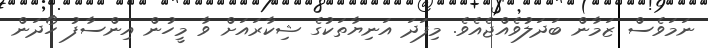
ނަމަވެސް ޒަމާން ބަދަލުވެއްޖެއެވެ. މިފަދަ އަނިޔާތަކުގެ ޝިކާރައަށް ވާ މީހުން އިންސާފު ހޯދަން